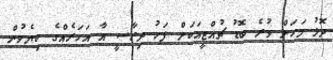
ދޮޅު މަހަށް ވުރެ ބޮޑު ޗުއްޓީއަކަށް ފަހު ދިރާސީ އާ އަހަރެއްގެ ކިޔެވުން